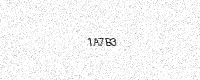
Text: 1A7B3